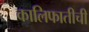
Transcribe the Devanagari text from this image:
कालिफातीची